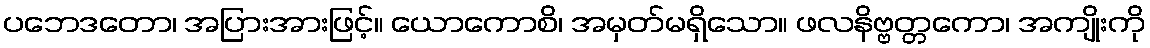
ပဘေဒတော၊ အပြားအားဖြင့်။ ယောကောစိ၊ အမှတ်မရှိသော။ ဖလနိဗ္ဗတ္တကော၊ အကျိုးကို